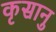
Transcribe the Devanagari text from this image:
कृसानु